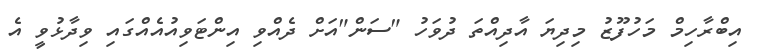
އިބްރާހިމް މަހުފޫޒު މިދިޔަ އާދިއްތަ ދުވަހު "ސަން"އަށް ދެއްވި އިންޓަވިއުއެއްގައި ވިދާޅުވީ އެ